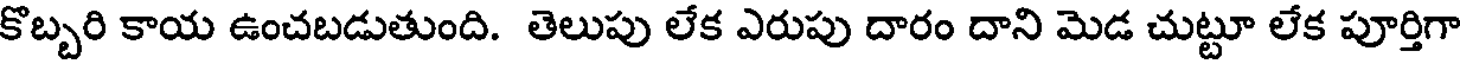
కొబ్బరి కాయ ఉంచబడుతుంది. తెలుపు లేక ఎరుపు దారం దాని మెడ చుట్టూ లేక పూర్తిగా